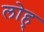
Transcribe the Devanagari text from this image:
लोह्